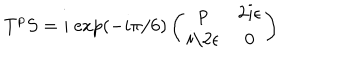
T ^ { p } S = i \ \mathrm { e x p } ( - i \pi / 6 ) \left( \begin{array} { c c } { { p } } & { { 2 i \epsilon } } \\ { { i / 2 \epsilon } } & { { 0 } } \\ \end{array} \right)